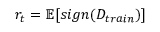
r _ { t } = \mathbb { E } [ s i g n ( D _ { t r a i n } ) ]